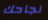
نجاحك